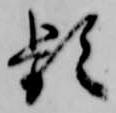
頻